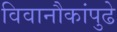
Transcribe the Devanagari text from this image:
विवानौकांपुढे